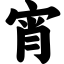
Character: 宵